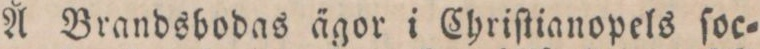
Å Brandsbodas ägor i Chriſtianopels ſoc=